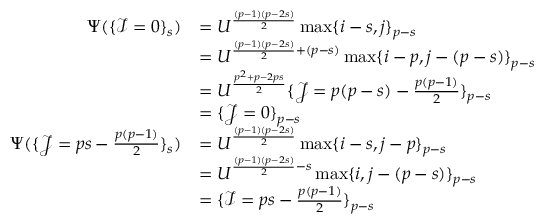
\begin{array} { r l } { \Psi ( \{ \mathcal { I } = 0 \} _ { s } ) } & { = U ^ { \frac { ( p - 1 ) ( p - 2 s ) } { 2 } } \operatorname* { m a x } \{ i - s , j \} _ { p - s } } \\ & { = U ^ { \frac { ( p - 1 ) ( p - 2 s ) } { 2 } + ( p - s ) } \operatorname* { m a x } \{ i - p , j - ( p - s ) \} _ { p - s } } \\ & { = U ^ { \frac { p ^ { 2 } + p - 2 p s } { 2 } } \{ \mathcal { J } = p ( p - s ) - \frac { p ( p - 1 ) } { 2 } \} _ { p - s } } \\ & { = \{ \mathcal { J } = 0 \} _ { p - s } } \\ { \Psi ( \{ \mathcal { J } = p s - \frac { p ( p - 1 ) } { 2 } \} _ { s } ) } & { = U ^ { \frac { ( p - 1 ) ( p - 2 s ) } { 2 } } \operatorname* { m a x } \{ i - s , j - p \} _ { p - s } } \\ & { = U ^ { \frac { ( p - 1 ) ( p - 2 s ) } { 2 } - s } \operatorname* { m a x } \{ i , j - ( p - s ) \} _ { p - s } } \\ & { = \{ \mathcal { I } = p s - \frac { p ( p - 1 ) } { 2 } \} _ { p - s } } \end{array}